Insane asylums in Bengal annual reports 1876-1887 - 1876-1887
Year: 1876
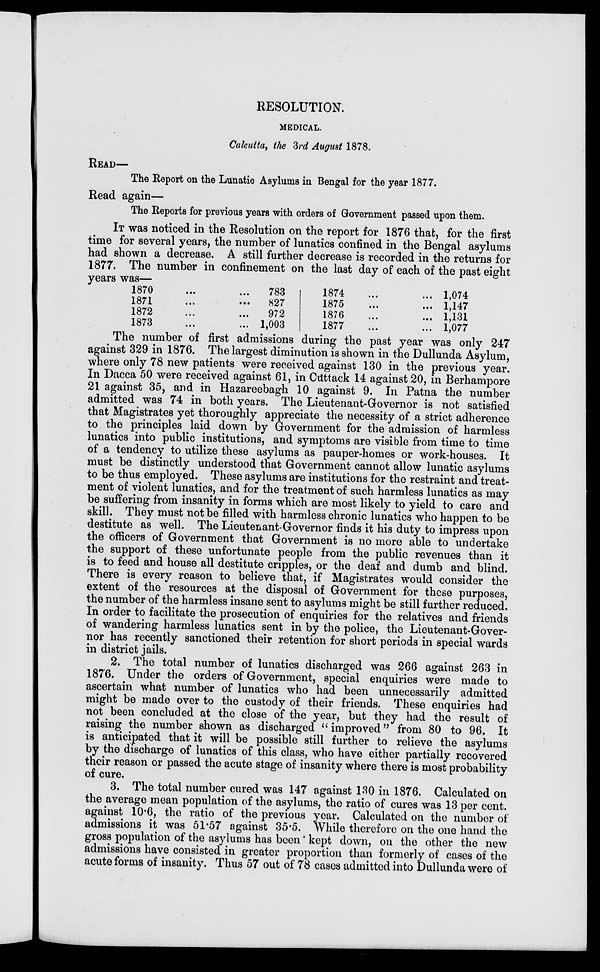
RESOLUTION.
MEDICAL.
Calcutta, the 3rd August 1878.
READ—
The Report on the Lunatic Asylums in Bengal for the year 1877.
Read again—
The Reports for previous years with orders of Government passed upon them.
IT was noticed in the Resolution on the report for 1876 that, for the first
time for several years, the number of lunatics confined in the Bengal asylums
had shown a decrease. A still further decrease is recorded in the returns for
1877. The number in confinement on the last day of each of the past eight
years was—
1870
...
...
1871 ... ...
1872 ... ...
1873 ... ...
783
827
972
1,003
1874 ... ...
1875
...
...
1876 ... ...
1877 ... ...
1,074
1,147
1,131
1,077
The number of first admissions during the past year was only 247
against 329 in 1876. The largest diminution is shown in the Dullunda Asylum,
where only 78 new patients were received against 130 in the previous year.
In Dacca 50 were received against 61, in Cuttack 14 against 20, in Berhampore
21 against 35, and in Hazareebagh 10 against 9. In Patna the number
admitted was 74 in both years. The Lieutenant-Governor is not satisfied
that Magistrates yet thoroughly appreciate the necessity of a strict adherence
to the principles laid down by Government for the admission of harmless
lunatics into public institutions, and symptoms are visible from time to time
of a tendency to utilize these asylums as pauper-homes or work-houses. It
must be distinctly understood that Government cannot allow lunatic asylums
to be thus employed. These asylums are institutions for the restraint and treat-
ment of violent lunatics, and for the treatment of such harmless lunatics as may
be suffering from insanity in forms which are most likely to yield to care and
skill. They must not be filled with harmless chronic lunatics who happen to be
destitute as well. The Lieutenant-Governor finds it his duty to impress upon
the officers of Government that Government is no more able to undertake
the support of these unfortunate people from the public revenues than it
is to feed and house all destitute cripples, or the deaf and dumb and blind.
There is every reason to believe that, if Magistrates would consider the
extent of the resources at the disposal of Government for these purposes,
the number of the harmless insane sent to asylums might be still further reduced.
In order to facilitate the prosecution of enquiries for the relatives and friends
of wandering harmless lunatics sent in by the police, the Lieutenant-Gover-
nor has recently sanctioned their retention for short periods in special wards
in district jails.
2. The total number of lunatics discharged was 266 against 263 in
1876. Under the orders of Government, special enquiries were made to
ascertain what number of lunatics who had been unnecessarily admitted
might be made over to the custody of their friends. These enquiries had
not been concluded at the close of the year, but they had the result of
raising the number shown as discharged " improved" from 80 to 96. It
is anticipated that it will be possible still further to relieve the asylums
by the discharge of lunatics of this class, who have either partially recovered
their reason or passed the acute stage of insanity where there is most probability
of cure.
3. The total number cured was 147 against 130 in 1876. Calculated on
the average mean population of the asylums, the ratio of cures was 13 per cent.
against 10.6, the ratio of the previous year. Calculated on the number of
admissions it was 51.57 against 35.5. While therefore on the one hand the
gross population of the asylums has been kept down, on the other the new
admissions have consisted in greater proportion than formerly of cases of the
acute forms of insanity. Thus 57 out of 78 cases admitted into Dullunda were of